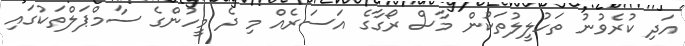
އަދި ކުރެވުނު ތަހުލީލުތަކުން މާސް ރޯގާގެ އަސަރެއް މި ދެ މީހުންގެ ސާމްޕަލްތަކުގައި